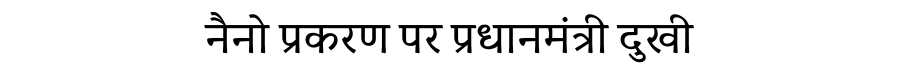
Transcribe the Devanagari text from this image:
नैनो प्रकरण पर प्रधानमंत्री दुखी